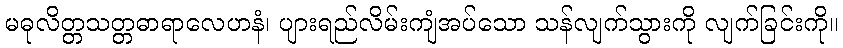
မဓုလိတ္တသတ္တဓာရာလေဟနံ၊ ပျားရည်လိမ်းကျံအပ်သော သန်လျက်သွားကို လျက်ခြင်းကို။